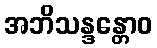
အဘိသန္ဒန္တောဝ